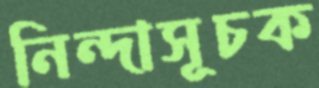
নিন্দাসূচক